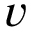
v